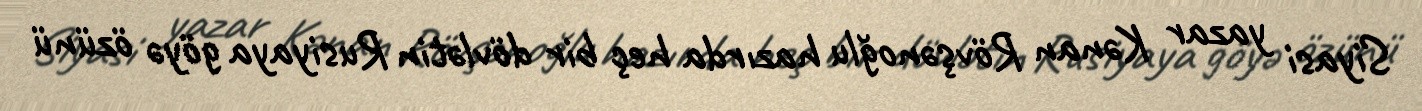
Siyasi yazar Kənan Rövşənoğlu hazırda heç bir dövlətin Rusiyaya göyə özünü